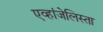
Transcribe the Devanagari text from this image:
एव्हांजेलिस्ता